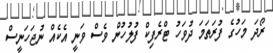
ރޯދަ މަހުގެ ފުރަތަމަ ދުވަހު ޓްރެފިކް ފުލުހުން ވެސް ވަނީ އެކެއް ނުޖަހަނީސް